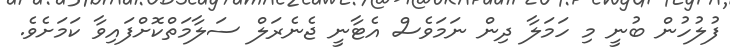
ފުލުހުން ބުނީ މި ހަމަލާ ދިން ނަމަވެސް އެޓާނީ ޖެނެރަލް ސަލާމަތްކޮށްފައިވާ ކަމަށެވެ.